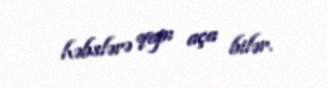
həbslərə qapı aça bilər.